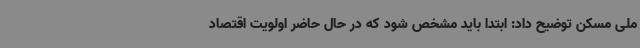
ملی مسکن توضیح داد: ابتدا باید مشخص شود که در حال حاضر اولویت اقتصاد